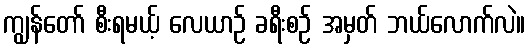
ကျွန်တော် စီးရမယ့် လေယာဉ် ခရီးစဉ် အမှတ် ဘယ်လောက်လဲ။